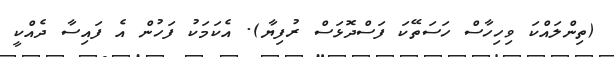
(ތިންލައްކަ ވިހިހާސް ހަސަތޭކަ ފަސްދޮޅަސް ރުފިޔާ). އެކަމަކު ފަހުން އެ ފައިސާ ދެއްކީ